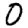
Digit: 0